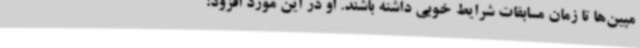
مپین‌ها تا زمان مسابقات شرایط خوبی داشته باشند. او در این مورد افزود: